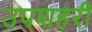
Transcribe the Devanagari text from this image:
उपशहरी